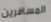
المسافرين